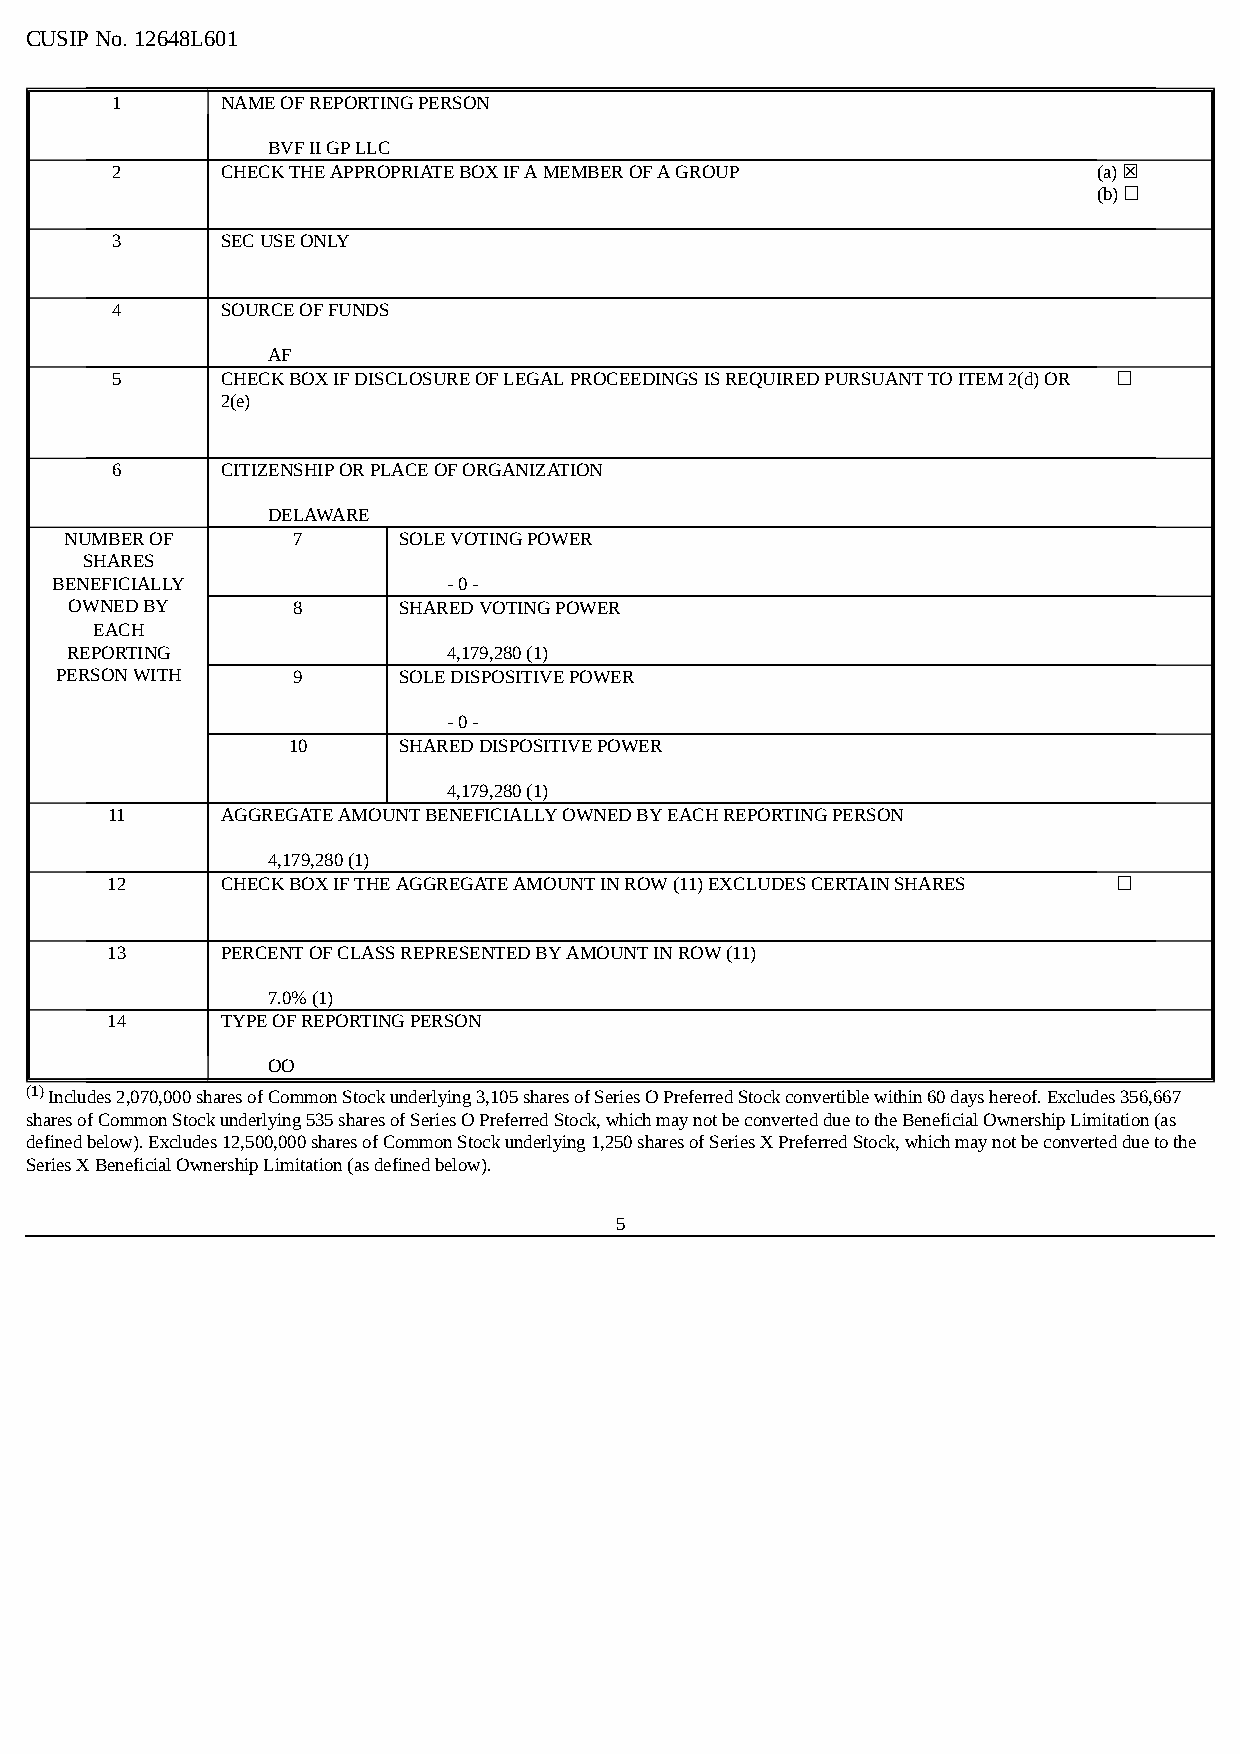
CUSIP No. 12648L601
 1       NAME OF REPORTING PERSON
 BVF II GP LLC
 2       CHECK THE APPROPRIATE BOX IF A MEMBER OF A GROUP          (a) ☒
 (b) ☐
 3       SEC USE ONLY
 4       SOURCE OF FUNDS
 AF
 5       CHECK BOX IF DISCLOSURE OF LEGAL PROCEEDINGS IS REQUIRED PURSUANT TO ITEM 2(d) OR ☐
 2(e)
 6       CITIZENSHIP OR PLACE OF ORGANIZATION
 DELAWARE
 NUMBER OF      7      SOLE VOTING POWER
 SHARES
 BENEFICIALLY               - 0 -
 OWNED BY      8      SHARED VOTING POWER
 EACH
 REPORTING                 4,179,280 (1)
 PERSON WITH    9      SOLE DISPOSITIVE POWER
 - 0 -
 10     SHARED DISPOSITIVE POWER
 4,179,280 (1)
 11      AGGREGATE AMOUNT BENEFICIALLY OWNED BY EACH REPORTING PERSON
 4,179,280 (1)
 12      CHECK BOX IF THE AGGREGATE AMOUNT IN ROW (11) EXCLUDES CERTAIN SHARES ☐
 13      PERCENT OF CLASS REPRESENTED BY AMOUNT IN ROW (11)
 7.0% (1)
 14      TYPE OF REPORTING PERSON
 OO
 (1) Includes 2,070,000 shares of Common Stock underlying 3,105 shares of Series O Preferred Stock convertible within 60 days hereof. Excludes 356,667
 shares of Common Stock underlying 535 shares of Series O Preferred Stock, which may not be converted due to the Beneficial Ownership Limitation (as
 defined below). Excludes 12,500,000 shares of Common Stock underlying 1,250 shares of Series X Preferred Stock, which may not be converted due to the
 Series X Beneficial Ownership Limitation (as defined below).
 5